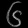
Digit: ၆